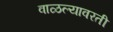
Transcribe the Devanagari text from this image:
वाळल्यावरती